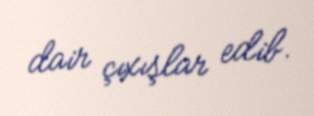
dair çıxışlar edib.